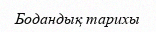
Бодандық тарихы